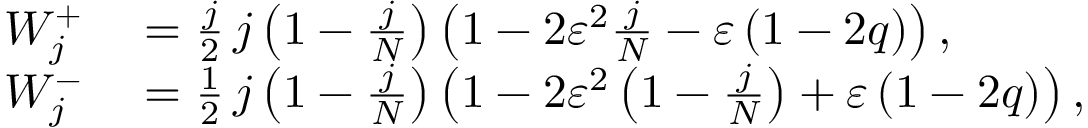
\begin{array} { r l } { W _ { j } ^ { + } } & { { } = \frac { j } { 2 } \thinspace j \left( 1 - \frac { j } { N } \right) \left( 1 - 2 \varepsilon ^ { 2 } \frac { j } { N } - \varepsilon \left( 1 - 2 q \right) \right) , } \\ { W _ { j } ^ { - } } & { { } = \frac { 1 } { 2 } \thinspace j \left( 1 - \frac { j } { N } \right) \left( 1 - 2 \varepsilon ^ { 2 } \left( 1 - \frac { j } { N } \right) + \varepsilon \left( 1 - 2 q \right) \right) , } \end{array}